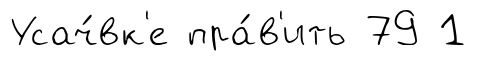
Усач́вк'е пра́в'ить 79 1